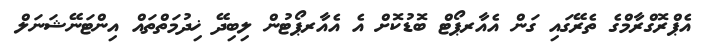
އެޕްރޮގްރާމްގެ ތެރޭގައި ގަން އެއާރޕޯޓް ބޮޑުކޮށް އެ އެއާރޕޯޓުން ލިބިދޭ ޚިދުމަތްތައް އިންޓަނޭޝަނަލް